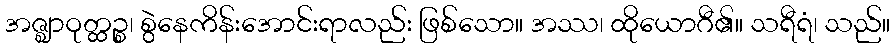
အဇ္ဈာဝုတ္ထဉ္စ၊ စွဲနေကိန်းအောင်းရာလည်း ဖြစ်သော။ အဿ၊ ထိုယောဂီ၏။ သရီရံ၊ သည်။